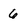
Character: 6